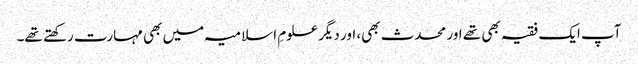
آپ ایک فقیہ بھی تھے اور محدث بھی، اور دیگر علومِ اسلامیہ میں بھی مہارت رکھتے تھے۔